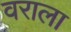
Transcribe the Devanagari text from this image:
वराला